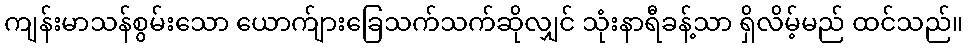
ကျန်းမာသန်စွမ်းသော ယောက်ျားခြေသက်သက်ဆိုလျှင် သုံးနာရီခန့်သာ ရှိလိမ့်မည် ထင်သည်။